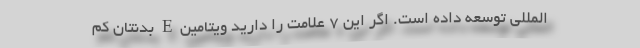
المللی توسعه داده است. اگر این ۷ علامت را دارید ویتامین E بدنتان کم